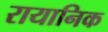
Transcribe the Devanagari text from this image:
रायानिक